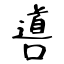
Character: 噵